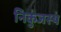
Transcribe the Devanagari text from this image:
निकुंजस्थं